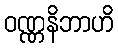
ဝဏ္ဏနိဘာဟိ